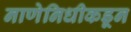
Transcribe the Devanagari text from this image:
नाणेनिधीकडून